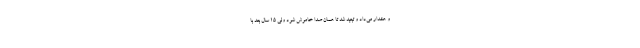
و هشدار می‌داد و تبعید شد تا همان صدا خاموش شود ولی 15 سال بعد با